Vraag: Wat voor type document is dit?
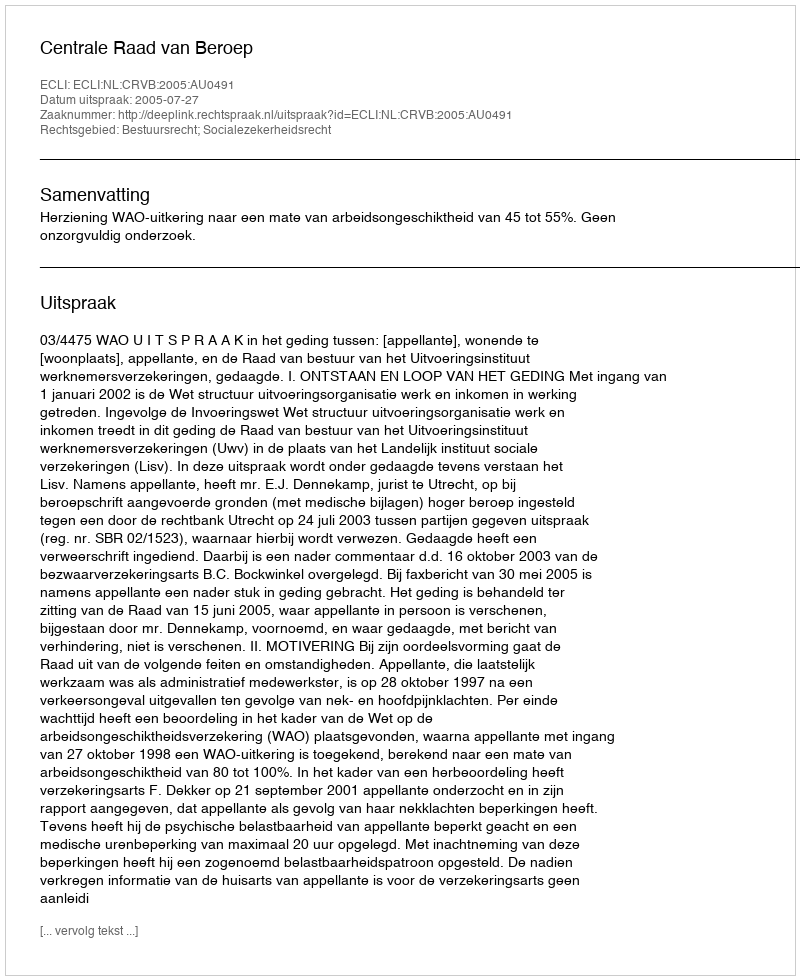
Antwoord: Uitspraak